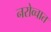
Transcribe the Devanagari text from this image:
नरोव्चात